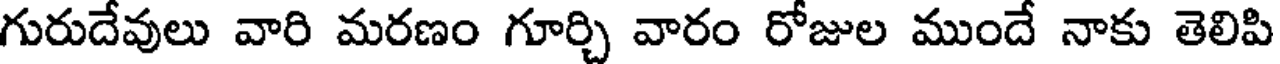
గురుదేవులు వారి మరణం గూర్చి వారం రోజుల ముందే నాకు తెలిపి